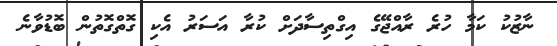
ނާޒުކު ކަމާ ހުރެ ރާއްޖޭގެ އިގްތިސާދަށް ކުރާ އަސަރު އެކި ގޮތްގޮތުން ބޮޑުވާނެ